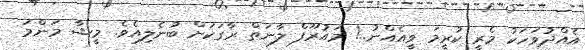
އެއްދުވަހަކު މެރީ ކުރީމަ ވީއެއްނު..! މައުރޫފް ލާނަތް ރާގަކަށް ބުނެލިއެވެ. މީޝާ މަންމަ